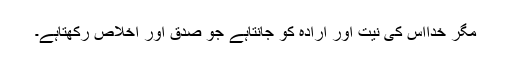
مگر خدااس کی نیت اور ارادہ کو جانتاہے جو صدق اور اخلاص رکھتاہے۔